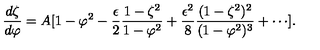
{ \frac { d \zeta } { d \varphi } } = A [ 1 - \varphi ^ { 2 } - { \frac { \epsilon } { 2 } } { \frac { 1 - \zeta ^ { 2 } } { 1 - \varphi ^ { 2 } } } + { \frac { \epsilon ^ { 2 } } { 8 } } { \frac { ( 1 - \zeta ^ { 2 } ) ^ { 2 } } { ( 1 - \varphi ^ { 2 } ) ^ { 3 } } } + \cdots ] .